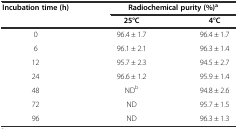
<table><thead><tr><td><b>Incubation time (h)</b></td><td colspan="2"><b>Radiochemical purity (%)<sup>a</sup></b></td></tr><tr><td></td><td><b>25°C</b></td><td><b>4°C</b></td></tr></thead><tbody><tr><td>0</td><td>96.4 ± 1.7</td><td>96.4 ± 1.7</td></tr><tr><td>6</td><td>96.1 ± 2.1</td><td>96.3 ± 1.4</td></tr><tr><td>12</td><td>95.7 ± 2.3</td><td>94.5 ± 2.7</td></tr><tr><td>24</td><td>96.6 ± 1.2</td><td>95.9 ± 1.4</td></tr><tr><td>48</td><td>ND<sup>b</sup></td><td>94.8 ± 2.6</td></tr><tr><td>72</td><td>ND</td><td>95.7 ± 1.5</td></tr><tr><td>96</td><td>ND</td><td>96.3 ± 1.3</td></tr></tbody></table>